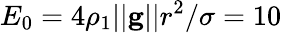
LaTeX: E_{0}=4\rho_{1}||\textbf{g}||r^{2}/\sigma=10